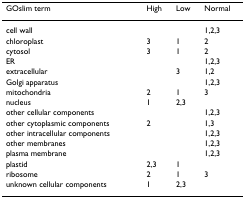
<table><thead><tr><td><b>GOslim term</b></td><td><b>High</b></td><td><b>Low</b></td><td><b>Normal</b></td></tr></thead><tbody><tr><td>cell wall</td><td></td><td></td><td>1,2,3</td></tr><tr><td>chloroplast</td><td>3</td><td>1</td><td>2</td></tr><tr><td>cytosol</td><td>3</td><td>1</td><td>2</td></tr><tr><td>ER</td><td></td><td></td><td>1,2,3</td></tr><tr><td>extracellular</td><td></td><td>3</td><td>1,2</td></tr><tr><td>Golgi apparatus</td><td></td><td></td><td>1,2,3</td></tr><tr><td>mitochondria</td><td>2</td><td>1</td><td>3</td></tr><tr><td>nucleus</td><td>1</td><td>2,3</td><td></td></tr><tr><td>other cellular components</td><td></td><td></td><td>1,2,3</td></tr><tr><td>other cytoplasmic components</td><td>2</td><td></td><td>1,3</td></tr><tr><td>other intracellular components</td><td></td><td></td><td>1,2,3</td></tr><tr><td>other membranes</td><td></td><td></td><td>1,2,3</td></tr><tr><td>plasma membrane</td><td></td><td></td><td>1,2,3</td></tr><tr><td>plastid</td><td>2,3</td><td>1</td><td></td></tr><tr><td>ribosome</td><td>2</td><td>1</td><td>3</td></tr><tr><td>unknown cellular components</td><td>1</td><td>2,3</td><td></td></tr></tbody></table>